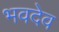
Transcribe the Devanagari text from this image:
भवदेव